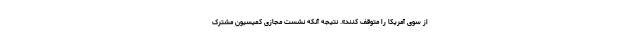
از سوی آمریکا را متوقف کنند». نتیجه آنکه نشست مجازی کمیسیون مشترک